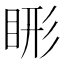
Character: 𬑖